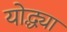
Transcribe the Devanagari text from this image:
योद्ध्या